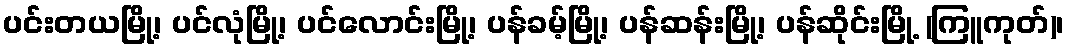
ပင်းတယမြို့၊ ပင်လုံမြို့၊ ပင်လောင်းမြို့၊ ပန်ခမ့်မြို့၊ ပန်ဆန်းမြို့၊ ပန်ဆိုင်းမြို့ (ကြူကုတ်)၊